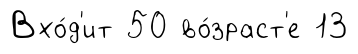
Вхо́д'ит 50 во́зраст'е 13